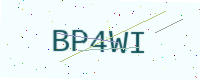
Text: BP4WI